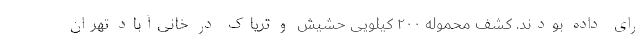
رای داده بودند. کشف محموله ۲۰۰ کیلویی حشیش و تریاک در خانی‌آباد تهران